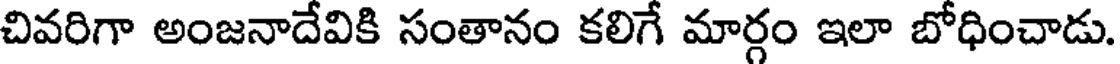
చివరిగా అంజనాదేవికి సంతానం కలిగే మార్గం ఇలా బోధించాడు